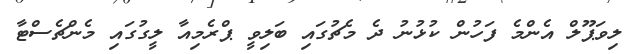
ލިވަޕޫލް އެންމެ ފަހުން ކުޅުނު ދެ މެޗުގައި ބަލިވީ ޕްރެމިއާ ލީގުގައި މެންޗެސްޓާ